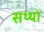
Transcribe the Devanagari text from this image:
सथ्था